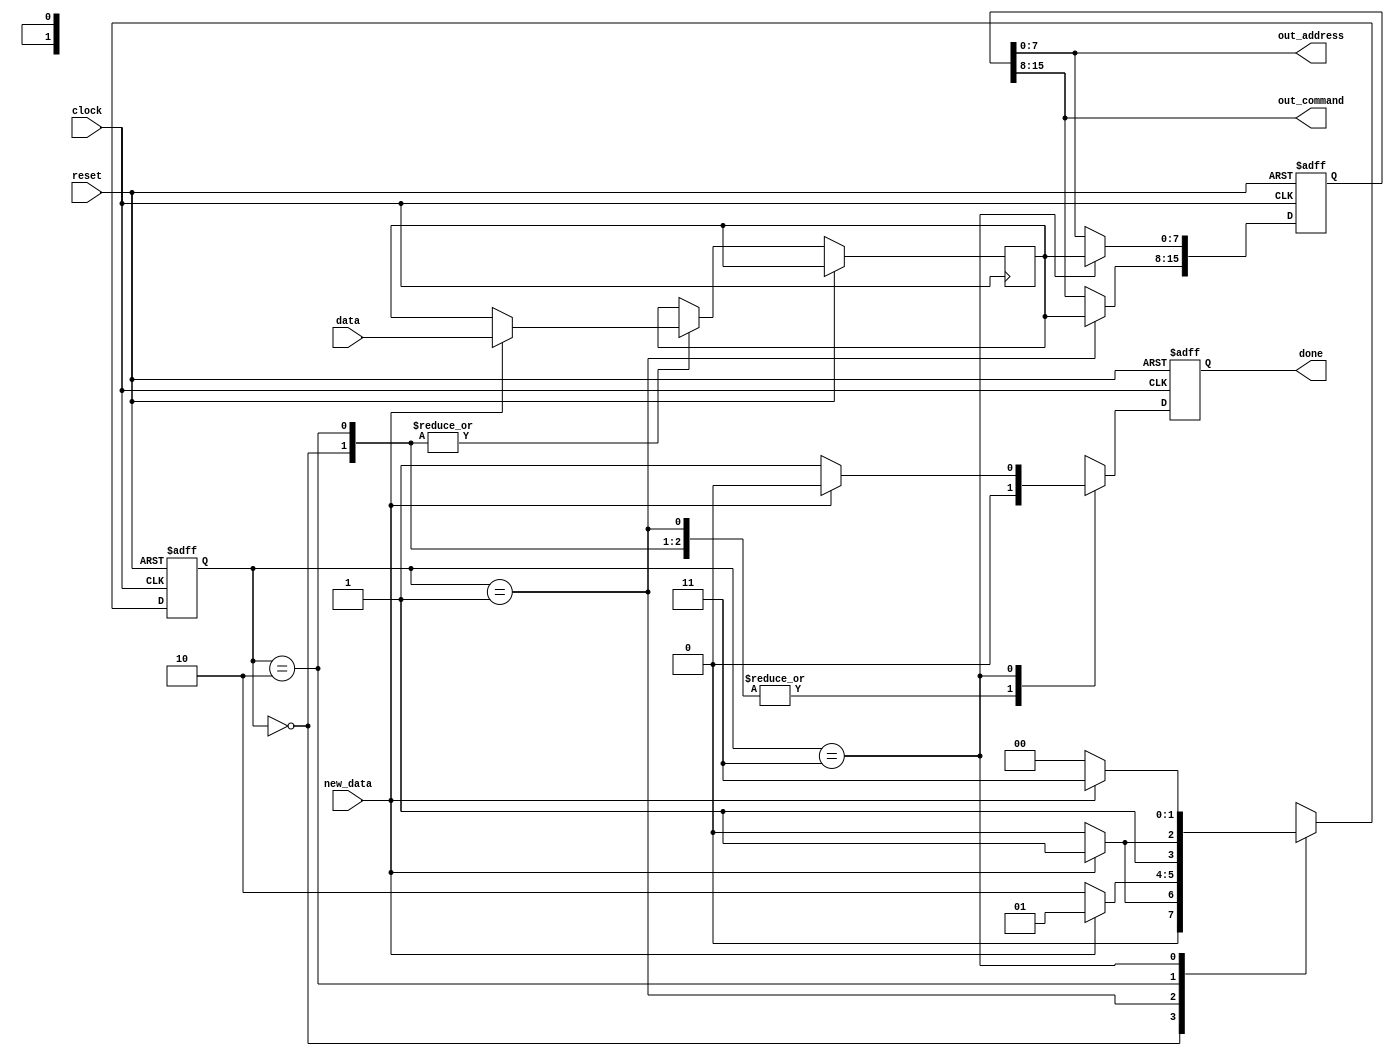
/* MDULO REG_2BYTES_UART_RX
   ESTE MDULO IMPLEMENTA A RECEPO DE DOIS BYTES VIA UART ASSNCRONA.
   ELE RECEBE DOIS BYTES DE DADOS, ARMAZENA-OS SEQUENCIALMENTE E SINALIZA QUANDO A RECEPO DOS DOIS BYTES FOI CONCLUDA.
   ENTRADAS:
*/

module BUFFER_RX(
    input        clock,       // CLOCK DE ENTRADA
    input        new_data,    // SINAL DE CONTROLE PARA INDICAR A CHEGADA DE NOVOS DADOS
    input  [7:0] data,        // DADO RECEBIDO
    input        reset,       //  SINAL DE RESET PARA REINICIAR O MDULO
    output [7:0] out_address, //  PRIMEIRO BYTE RECEBIDO (ENDEREO)
    output [7:0] out_command, //  SEGUNDO BYTE RECEBIDO (COMANDO)
    output reg   done         // SINALIZA QUANDO A RECEPO DOS DOIS BYTES FOI CONCLUDA
);

//================================================================================================================================
//                   					 DECLARACAO DOS ESTADOS
//================================================================================================================================

    localparam IDLE_1BYTE  = 2'b00,    // OCIOSIDADE - ESPERANDO O PRIMEIRO BYTE
               ADD_ADDRESS = 2'b01,    // ADIO DO PRIMEIRO BYTE AO REGISTRADOR
               IDLE_2BYTE  = 2'b10,    // OCIOSIDADE - ESPERANDO O SEGUNDO BYTE
               ADD_COMMAND = 2'b11;    // ADIO DO SEGUNDO BYTE AO REGISTRADOR

//================================================================================================================================
//                   				 DECLARACAO DOS REGISTRADORES
//================================================================================================================================

    reg  [15:0] registrar = 16'b0;    // REGISTRADOR PARA ARMAZENAR OS DOIS BYTES RECEBIDOS
    reg  [1:0]  state     = 2'b00;    // ESTADO ATUAL DA MQUINA DE ESTADOS
    reg  [7:0]  buffer_data = 8'd0;   // BUFFER PARA ARMAZENAR O BYTE RECEBIDO

    assign out_command = registrar[15:8];  // SADA DO SEGUNDO BYTE RECEBIDO
    assign out_address = registrar[7:0];   // SADA DO PRIMEIRO BYTE RECEBIDO

	 
//================================================================================================================================
//                   		MAQUINA DE ESTADOS
//================================================================================================================================

    always @(posedge clock, posedge reset) begin
        if (reset) begin
            registrar <= 16'b0;            // RESETA O REGISTRADOR
            state <= IDLE_1BYTE;           // RETORNA AO ESTADO DE OCIOSIDADE
            done <= 0;                      // REINICIA A FLAG DE CONCLUSO
        end
        else begin
            case (state)
                IDLE_1BYTE: begin
                    done <= 0;

                    if (new_data) begin
                        state <= ADD_ADDRESS;      // TRANSIO PARA O ESTADO DE ADIO DO PRIMEIRO BYTE
                        buffer_data <= data;       // ARMAZENA O PRIMEIRO BYTE NO BUFFER
                    end
                    else begin
                        state <= IDLE_1BYTE;      // PERMANECE NO ESTADO DE OCIOSIDADE
                    end
                end 
                ADD_ADDRESS: begin
                    done <= 0;
                    registrar[15:8] <= buffer_data; // ARMAZENA O PRIMEIRO BYTE NO REGISTRADOR

                    if (!new_data) begin
                        state <= IDLE_2BYTE;      // TRANSIO PARA O ESTADO DE OCIOSIDADE ESPERANDO O SEGUNDO BYTE
                    end
                    else begin
                        state <= ADD_ADDRESS;      // PERMANECE NO ESTADO DE ADIO DO PRIMEIRO BYTE
                    end
                end
                IDLE_2BYTE: begin
                    done <= 0;

                    if (new_data) begin
                        state <= ADD_COMMAND;      // TRANSIO PARA O ESTADO DE ADIO DO SEGUNDO BYTE
                        buffer_data <= data;       // ARMAZENA O SEGUNDO BYTE NO BUFFER
                    end
                    else begin
                        state <= IDLE_2BYTE;      // PERMANECE NO ESTADO DE OCIOSIDADE ESPERANDO O SEGUNDO BYTE
                    end
                end
                ADD_COMMAND: begin
               
                    registrar[7:0] <= buffer_data;  // ARMAZENA O SEGUNDO BYTE NO REGISTRADOR

                    if (!new_data) begin
								done <= 1;
                        state <= IDLE_1BYTE;      // TRANSIO DE VOLTA PARA O ESTADO DE OCIOSIDADE ESPERANDO O PRIMEIRO BYTE
                    end
                    else begin
								done <= 0;
                        state <= ADD_COMMAND;      // PERMANECE NO ESTADO DE ADIO DO SEGUNDO BYTE
                    end
                end
                default: begin 
                    state <= IDLE_1BYTE;           // CASO DE ESTADO NO RECONHECIDO, RETORNA AO ESTADO DE OCIOSIDADE ESPERANDO O PRIMEIRO BYTE
                    registrar <= 16'b0;            // RESETA O REGISTRADOR
                    done <= 0;                      // REINICIA A FLAG DE CONCLUSO
                end
            endcase
        end
    end
endmodule